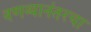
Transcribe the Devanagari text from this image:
वणव्यानंतरचा